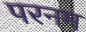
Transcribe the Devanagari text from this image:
परनम